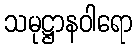
သမုဋ္ဌာနဝါရော